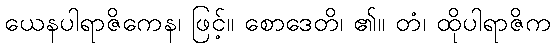
ယေနပါရာဇိကေန၊ ဖြင့်။ စောဒေတိ၊ ၏။ တံ၊ ထိုပါရာဇိက